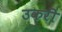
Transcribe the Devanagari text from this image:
उकरी